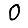
Digit: 0